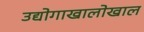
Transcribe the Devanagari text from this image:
उद्योगाखालोखाल